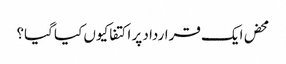
محض ایک قرارداد پر اکتفا کیوں کیا گیا؟